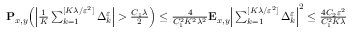
\begin{array} { r } { \mathbf { P } _ { x , y } \Big ( \Big | \frac { 1 } { K } \sum _ { k = 1 } ^ { [ K \lambda / \varepsilon ^ { 2 } ] } \Delta _ { k } ^ { \varepsilon } \Big | > \frac { C _ { 1 } \lambda } { 2 } \Big ) \leq \frac { 4 } { C _ { 1 } ^ { 2 } K ^ { 2 } \lambda ^ { 2 } } \mathbf { E } _ { x , y } \Big | \sum _ { k = 1 } ^ { [ K \lambda / \varepsilon ^ { 2 } ] } \Delta _ { k } ^ { \varepsilon } \Big | ^ { 2 } \leq \frac { 4 C _ { 2 } \varepsilon ^ { 2 } } { C _ { 1 } ^ { 2 } K \lambda } } \end{array}